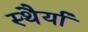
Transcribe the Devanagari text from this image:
स्थैर्या